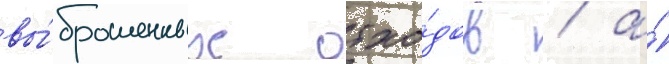
вы́брошенных отхо́дов / а́